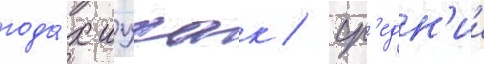
года́х ицхак / ср'едн'ии